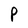
Character: P